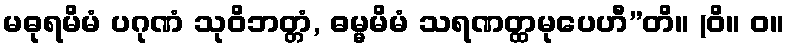
မဓုရမိမံ ပဂုဏံ သုဝိဘတ္တံ, ဓမ္မမိမံ သရဏတ္ထမုပေဟီ”တိ။ (ဝိ။ ဝ။